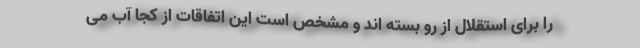
را برای استقلال از رو بسته اند و مشخص است این اتفاقات از کجا آب می